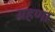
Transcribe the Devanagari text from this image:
ग्रहणा